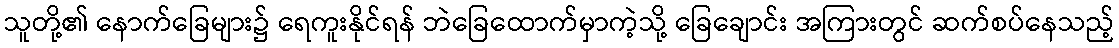
သူတို့၏ နောက်ခြေများ၌ ရေကူးနိုင်ရန် ဘဲခြေထောက်မှာကဲ့သို့ ခြေချောင်း အကြားတွင် ဆက်စပ်နေသည့်